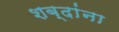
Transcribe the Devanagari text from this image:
शब्‍दांना